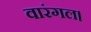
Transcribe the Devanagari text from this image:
वारंगल।